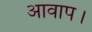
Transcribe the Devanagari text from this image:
आवाप।